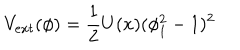
V _ { e x t } ( \phi ) = { \frac { 1 } { 2 } } U ( x ) ( \phi _ { 1 } ^ { 2 } - 1 ) ^ { 2 }